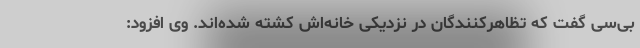
بی‌سی گفت که تظاهرکنندگان در نزدیکی خانه‌اش کشته شده‌اند. وی افزود: